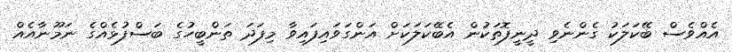
އެއްވެސް ބޭކަލަކު ގެންނެވި ދީނީފޮތަކުން އެބޭކަލަކަށް އަންގަވައިފައިވާ މިފަދަ ތަންބީހުގެ ބަސްފުޅެއްގެ ނަމޫނާއެއް